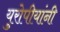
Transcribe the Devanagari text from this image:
युरोपीयांनी